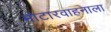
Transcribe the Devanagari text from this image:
मोटारवाहनाला